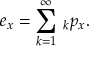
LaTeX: e _ { x } = \sum _ { k = 1 } ^ { \infty } { } \, _ { k } p _ { x } .